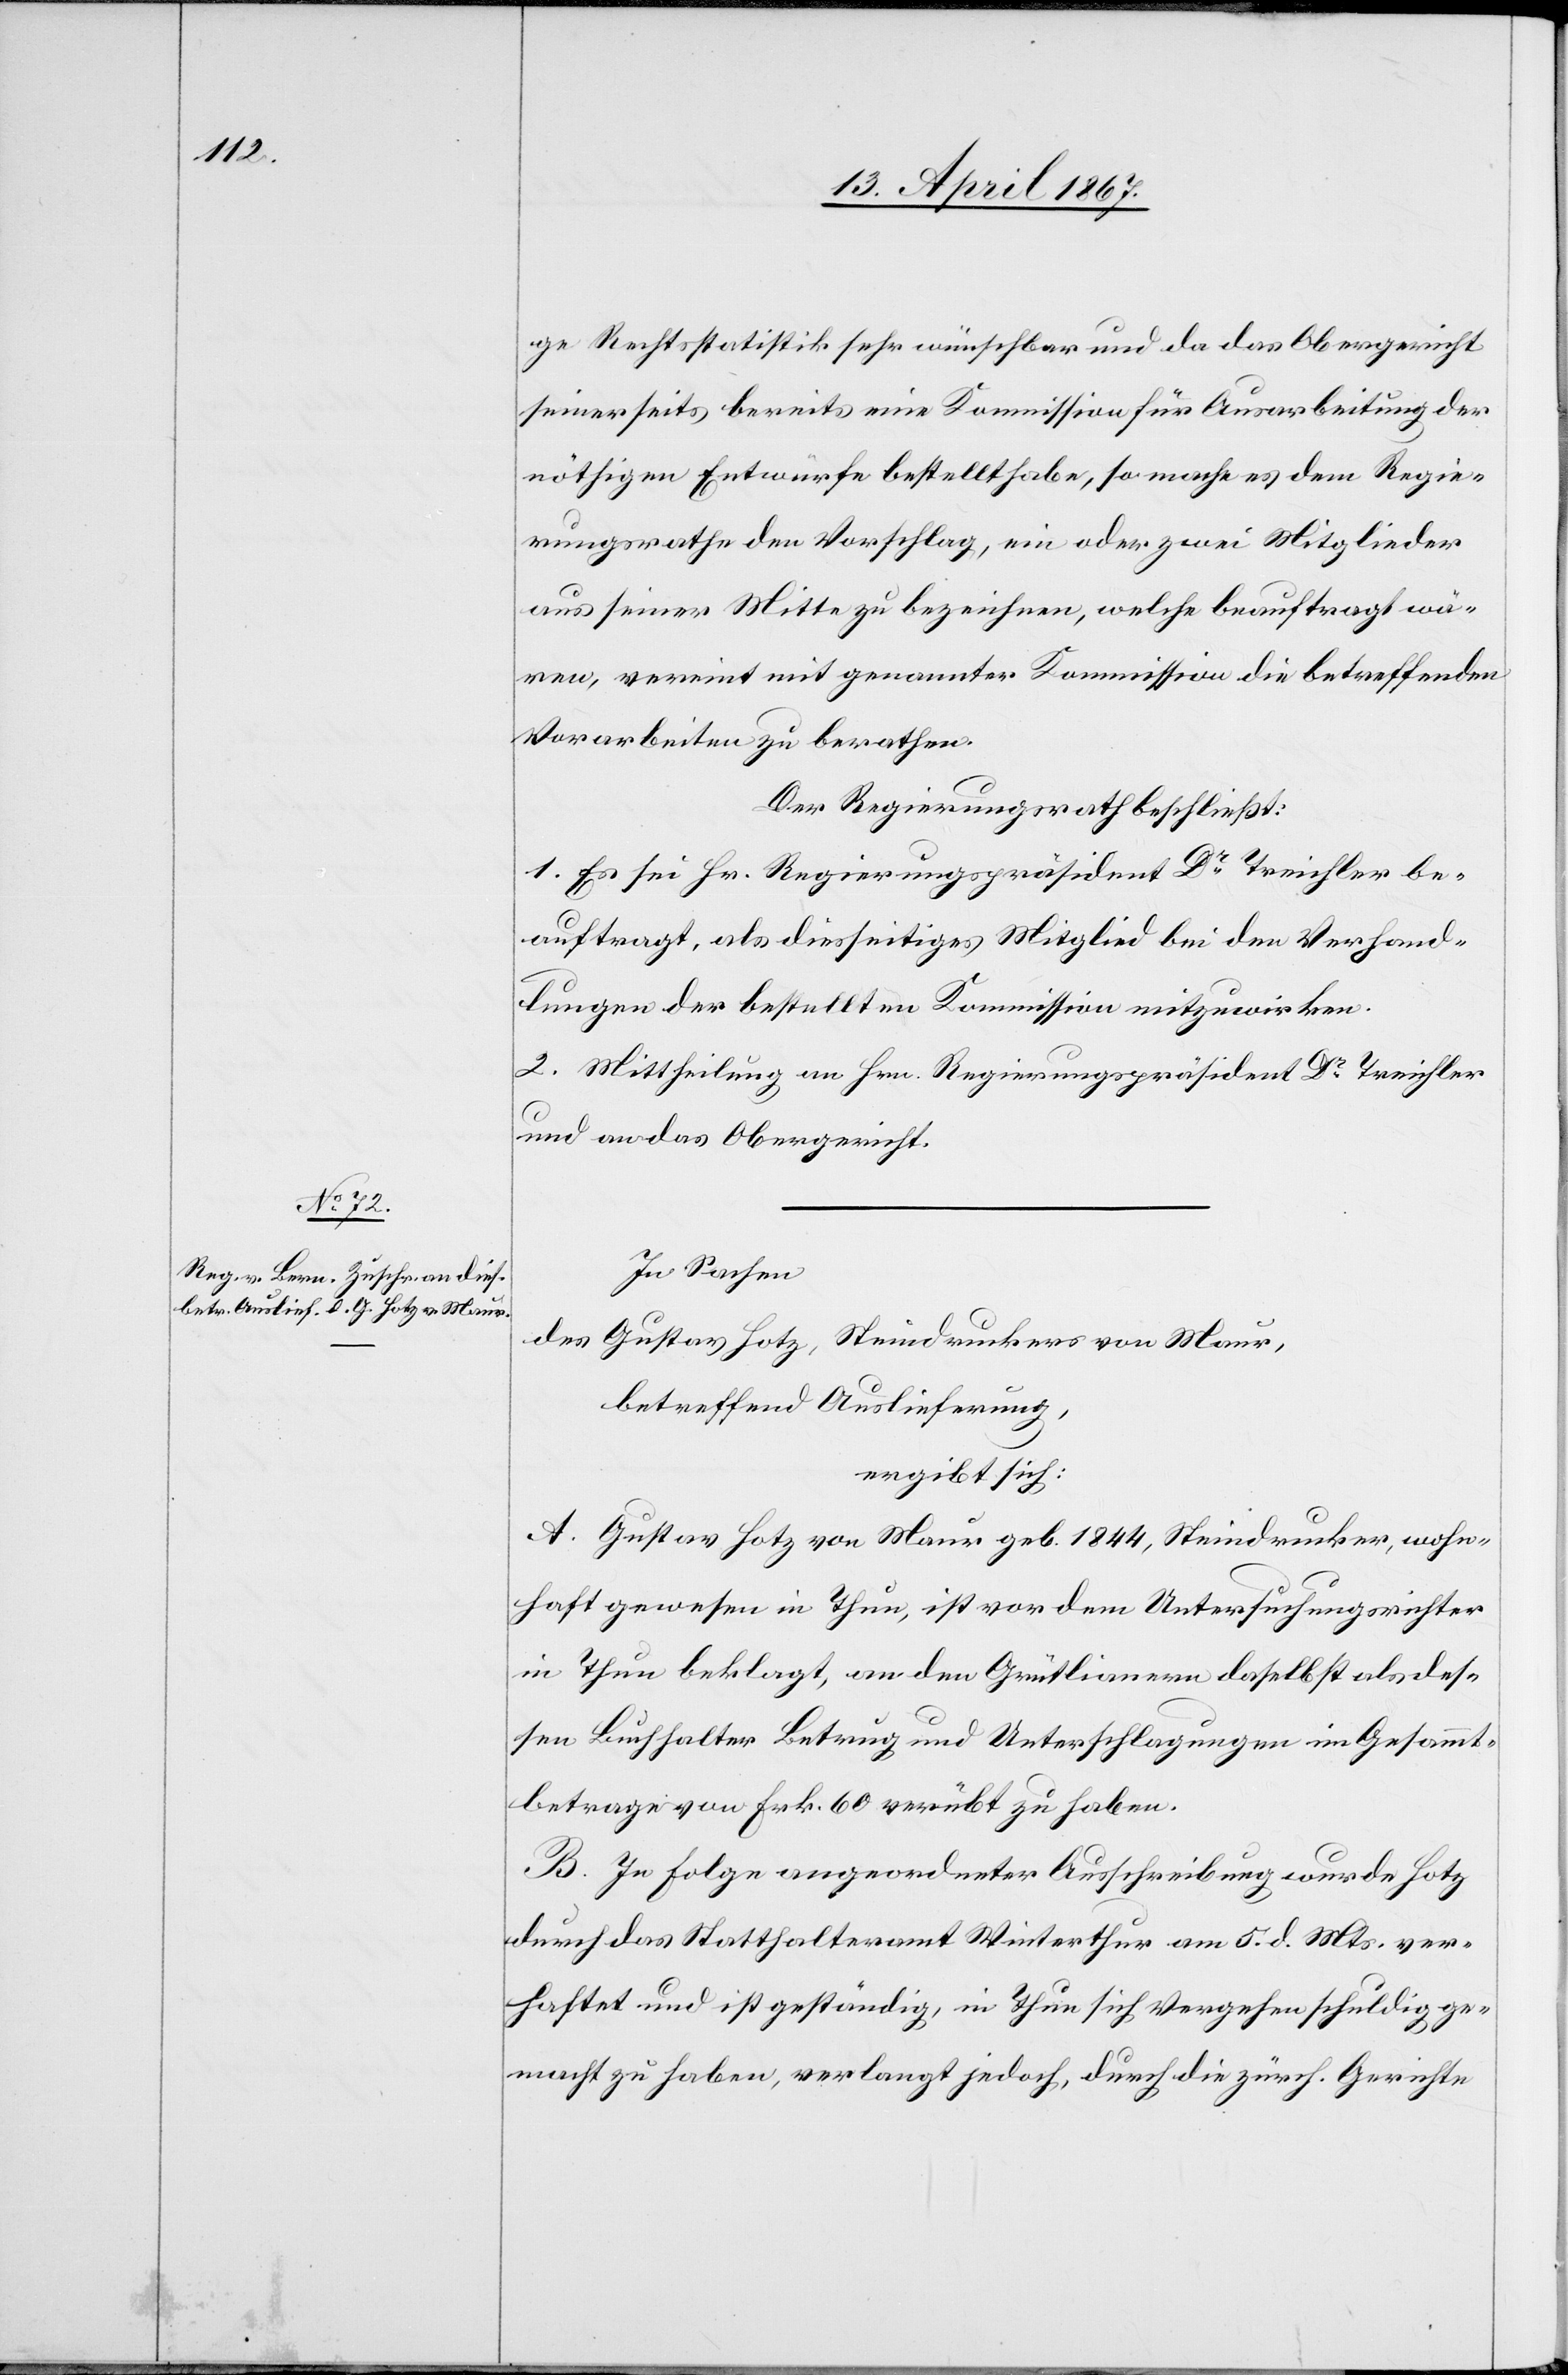
ge Rechtsstatistik sehr wünschbar und da das Obergericht
seinerseits bereits eine Kommission für Ausarbeitung der
nöthigen Entwürfe bestellt habe, so mache es dem Regie¬
rungsrathe den Vorschlag, ein oder zwei Mitglieder
aus seiner Mitte zu bezeichnen, welche beauftragt wä¬
ren, vereint mit genannter Kommission die betreffenden
Vorarbeiten zu berathen.
Der Regierungsrath beschließt:
1. Es sei Hr. Regierungspräsident Dr. Treichler be¬
auftragt, als diesseitiges Mitglied bei den Verhand¬
lungen der bestellten Kommission mitzuwirken.
2. Mittheilung an Hrn. Regierungspräsident Dr. Treichler
und an das Obergericht.
In Sachen
des Gustav Hotz, Steindruckers von Maur,
betreffend Auslieferung,
ergibt sich:
A. Gustav Hotz von Maur geb. 1844, Steindrucker, wohn¬
haft gewesen in Thun, ist von dem Untersuchungsrichter
in Thun beklagt, an den Grütlianern daselbst als des¬
sen Buchhalter Betrug und Unterschlagungen im Gesammt¬
betrage von Frk. 60 verübt zu haben.
B. In Folge angeordneter Ausschreibung wurde Hotz
durch das Statthalteramt Winterthur am 5. d. Mts. ver¬
haftet und ist geständig, in Thun sich Vergehen schuldig ge¬
macht zu haben, verlangt jedoch, durch die zürch. Gerichte